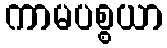
ကာမပစ္စယာ